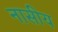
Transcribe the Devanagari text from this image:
नासीय